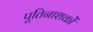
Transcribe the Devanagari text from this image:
पूतिनाशकों